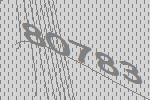
80783